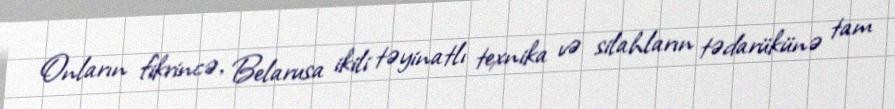
Onların fikrincə, Belarusa ikili təyinatlı texnika və silahların tədarükünə tam